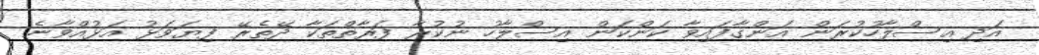
އަދި އިސްލާހުކުރަން އަންގާފައިވާ ކަންކަން އިސްލާހު ނުކުރާ ފަރާތްތަކާ ދޭތެރޭ ފިޔަވަޅު އަޅުއްވާނެ